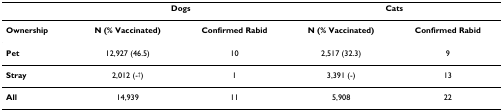
|  | <COLSPAN=2> Dogs | <COLSPAN=2> Cats |
 | --- | --- | --- | --- | --- |
 | Ownership | N (% Vaccinated) | Confirmed Rabid | N (% Vaccinated) | Confirmed Rabid |
 | Pet | 12,927 (46.5) | 10 | 2,517 (32.3) | 9 |
 | Stray | 2,012 (-†) | 1 | 3,391 (-) | 13 |
 | All | 14,939 | 11 | 5,908 | 22 |